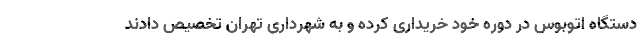
دستگاه اتوبوس در دوره خود خریداری کرده و به شهرداری تهران تخصیص دادند